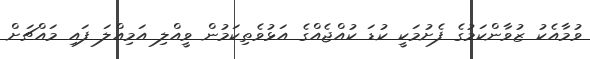
ވުމާއެކު ޒުވާންކަމުގެ ފެށުމަކީ ކުޑަ ކުއްޖެއްގެ އަޅުވެތިކަމުން ވީއްލި އަމިއްލަ ފައި މައްޗަށް